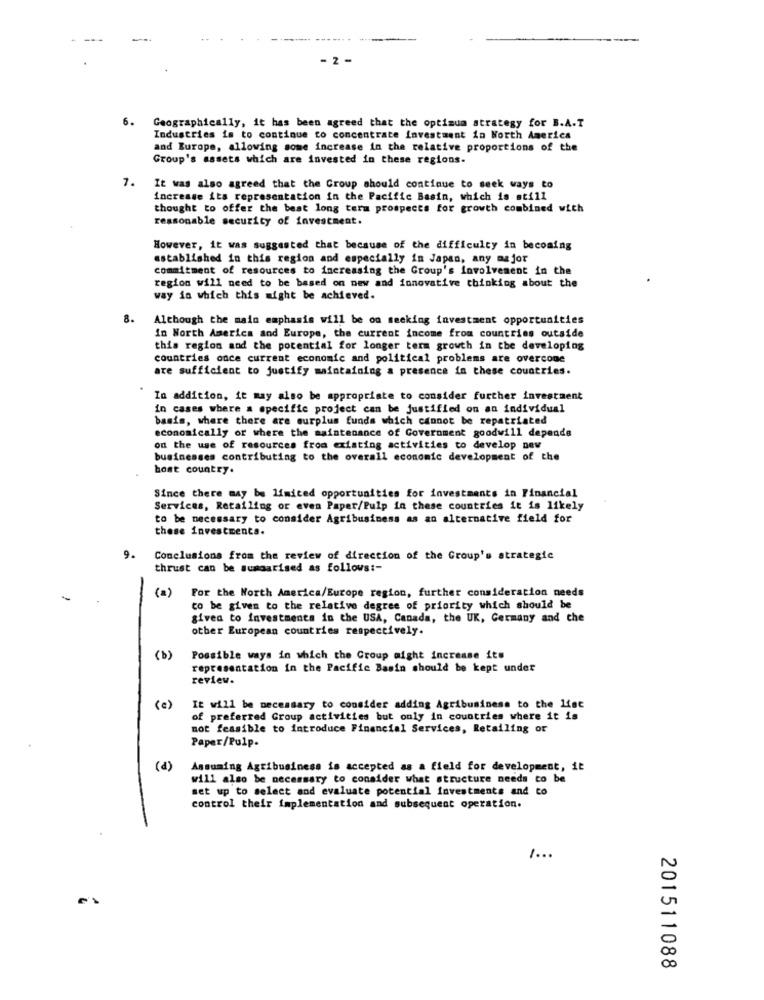
6.
Geographically, it has been agreed that the optimum strategy for B.A.T
Industries is to continue to concentrate investment in North America
and Europe, allowing some increase in the relative proportions of the
Group's assets which are invested in these regions.
7.
It was also agreed that the Group should continue to seek ways to
increase its representation in the Pacific Basin, which is still
thought to offer the beat long term prospects for growth combined with
reasonable security of investment.
However, it was suggested that because of the difficulty in becoming
established in this region and especially in Japan, any major
commitment of resources to increasing the Group's involvement in the
region will need to be based on new and innovative thinking about the
way in which this might be achieved.
8.
Although the main emphasis will be on seeking investment opportunities
in North America and Europe, the current income from countries outside
this region and the potential for longer term growth in the developing
countries once current economic and political problems are overcone
are sufficient to justify maintaining a presence in these countries.
.
In addition, it may also be appropriate to consider further investment
in cases where a specific project can be justified on an individual
basis, where there are surplus funds which cannot be repatriated
economically or where the maintenance of Government goodwill depende
on the use of resources from existing activities to develop new
businesses contributing to the overall economic development of the
bont country.
Since there may be limited opportunities for investments in Financial
Services, Retailing or even Paper/Pulp in these countries it is likely
to be necessary to consider Agribusiness as an alternative field for
these investments.
9.
Conclusions from the review of direction of the Group's strategic
thrust can be sumgarised as follows :-
-
For the North America/Europe region, further consideration needs
(a)
to be given to the relative degree of priority which should be
given to investments in the USA, Canada, the UK, Germany and the
other European countries respectively.
(b)
Possible ways in which the Group might increase its
representation in the Pacific Basin should be kept under
review.
( e)
It will be necessary to consider adding Agribusiness to the list
of preferred Group activities but only in countries where it is
not feasible to introduce Financial Services, Retailing or
Paper/Pulp.
(4)
Assuming Agribusiness is accepted as a field for development, it
will also be necessary to consider what structure needs to be
set up to select and evaluate potential investments and to
control their implementation and subsequent operation.
201511088